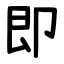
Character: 即